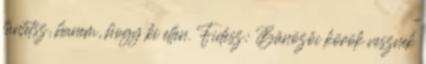
tüntetsz, hanem, hogy ki ellen. Fidesz: Bűnözői körök vesznek